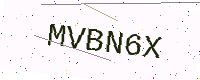
Text: MVBN6X